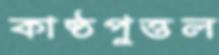
কাষ্ঠপুত্তল